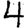
Digit: 4